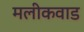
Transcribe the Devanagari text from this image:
मलीकवाड